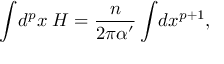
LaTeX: \int \! d ^ { p } x \; H = \frac { n } { 2 \pi \alpha ^ { \prime } } \int \! d x ^ { p + 1 } ,